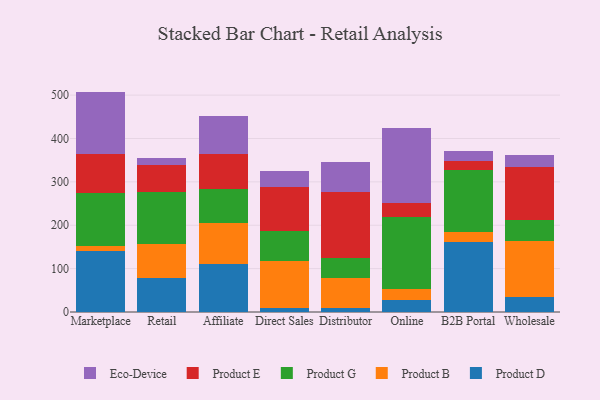
{"axis": {"x": "Channel", "y": "Production Output"}, "legend": ["Eco-Device", "Product B", "Product D", "Product E", "Product G"], "data": [{"x": "Marketplace", "y": 140.1, "type": "Product D"}, {"x": "Marketplace", "y": 13.0, "type": "Product B"}, {"x": "Marketplace", "y": 122.4, "type": "Product G"}, {"x": "Marketplace", "y": 89.5, "type": "Product E"}, {"x": "Marketplace", "y": 143.1, "type": "Eco-Device"}, {"x": "Retail", "y": 78.4, "type": "Product D"}, {"x": "Retail", "y": 78.0, "type": "Product B"}, {"x": "Retail", "y": 120.2, "type": "Product G"}, {"x": "Retail", "y": 61.6, "type": "Product E"}, {"x": "Retail", "y": 17.7, "type": "Eco-Device"}, {"x": "Affiliate", "y": 110.0, "type": "Product D"}, {"x": "Affiliate", "y": 95.9, "type": "Product B"}, {"x": "Affiliate", "y": 78.7, "type": "Product G"}, {"x": "Affiliate", "y": 80.3, "type": "Product E"}, {"x": "Affiliate", "y": 87.0, "type": "Eco-Device"}, {"x": "Direct Sales", "y": 10.2, "type": "Product D"}, {"x": "Direct Sales", "y": 106.8, "type": "Product B"}, {"x": "Direct Sales", "y": 70.7, "type": "Product G"}, {"x": "Direct Sales", "y": 100.7, "type": "Product E"}, {"x": "Direct Sales", "y": 37.4, "type": "Eco-Device"}, {"x": "Distributor", "y": 9.2, "type": "Product D"}, {"x": "Distributor", "y": 69.8, "type": "Product B"}, {"x": "Distributor", "y": 46.6, "type": "Product G"}, {"x": "Distributor", "y": 151.9, "type": "Product E"}, {"x": "Distributor", "y": 67.8, "type": "Eco-Device"}, {"x": "Online", "y": 28.8, "type": "Product D"}, {"x": "Online", "y": 24.4, "type": "Product B"}, {"x": "Online", "y": 166.6, "type": "Product G"}, {"x": "Online", "y": 30.7, "type": "Product E"}, {"x": "Online", "y": 173.2, "type": "Eco-Device"}, {"x": "B2B Portal", "y": 161.7, "type": "Product D"}, {"x": "B2B Portal", "y": 21.8, "type": "Product B"}, {"x": "B2B Portal", "y": 144.9, "type": "Product G"}, {"x": "B2B Portal", "y": 19.4, "type": "Product E"}, {"x": "B2B Portal", "y": 24.1, "type": "Eco-Device"}, {"x": "Wholesale", "y": 34.4, "type": "Product D"}, {"x": "Wholesale", "y": 129.5, "type": "Product B"}, {"x": "Wholesale", "y": 48.2, "type": "Product G"}, {"x": "Wholesale", "y": 122.7, "type": "Product E"}, {"x": "Wholesale", "y": 26.4, "type": "Eco-Device"}]}